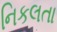
નિકલતા